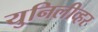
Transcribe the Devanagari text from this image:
युनिलीव्हर